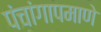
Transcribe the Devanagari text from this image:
पंचांगापमाणे